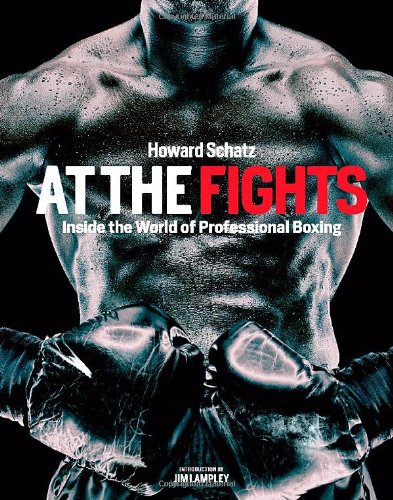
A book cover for At the Fights: Inside the World of Professional Boxing; Howard Schatz; Arts & Photography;